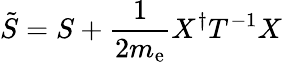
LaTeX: {\tilde{S}=S+\frac{1}{2m_{\mathrm{e}}}X^{\dagger}T^{-1}X}